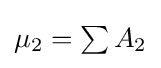
{\textstyle \mu _{2}=\sum A_{2}}